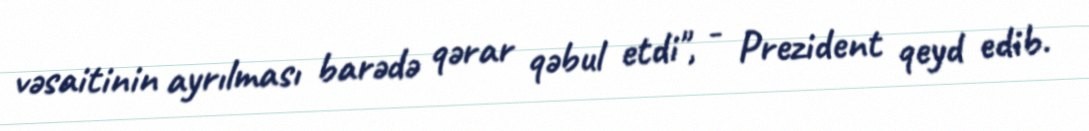
vəsaitinin ayrılması barədə qərar qəbul etdi", - Prezident qeyd edib.